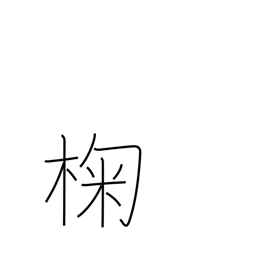
Meaning: oak